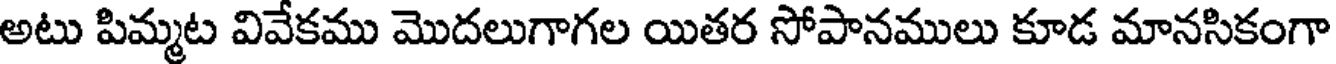
అటు పిమ్మట వివేకము మొదలుగాగల యితర సోపానములు కూడ మానసికంగా